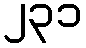
၂၃၁